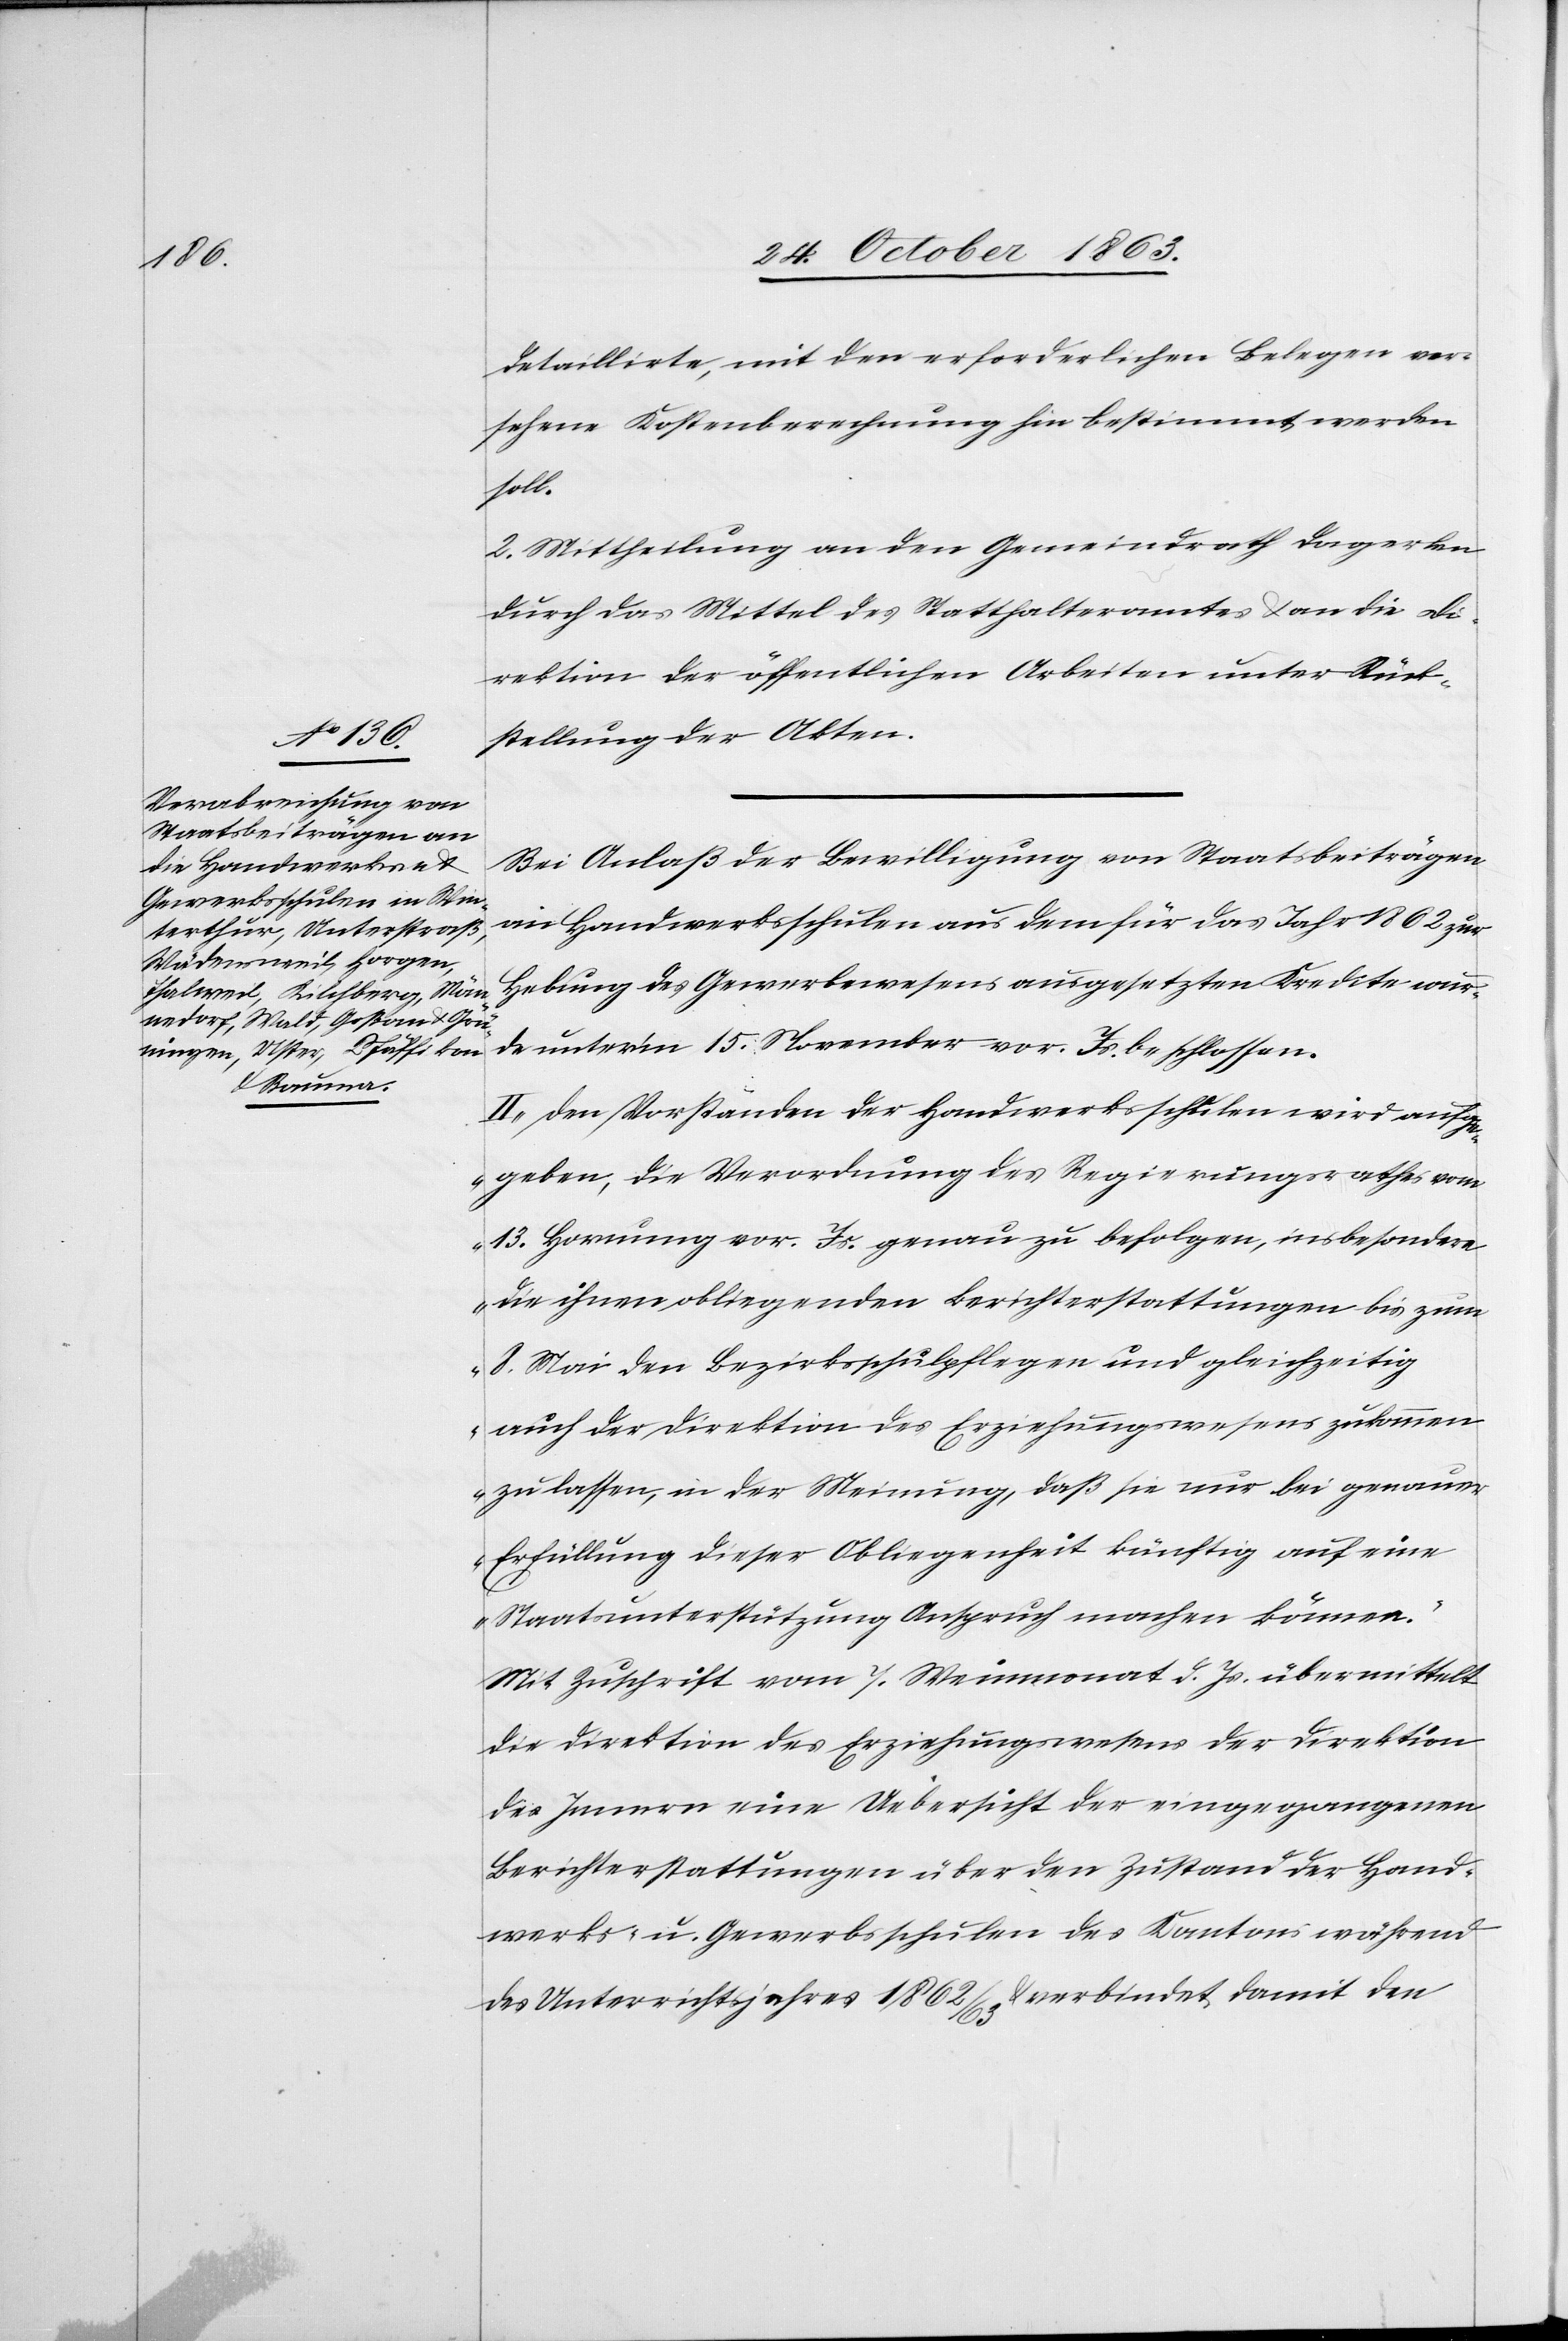
detaillirte, mit den erforderlichen Belegen ver¬
sehene Kostenberechnung hin bestimmt werden
soll.
2. Mittheilung an den Gemeindrath Dagerlen
durch das Mittel des Statthalteramtes & an die Di¬
rektion der öffentlichen Arbeiten unter Rück¬
stellung der Akten.
Bei Anlaß der Bewilligung von Staatsbeiträgen
an Handwerksschulen aus dem für das Jahr 1862 zur
Hebung des Gewerbewesens ausgesetzten Kredite wur¬
de unter'm 15. November vor. Js. beschlossen.
II. „Den Vorständen der Handwerksschulen wird aufg¬
egeben, die Verordnung des Regierungsrathes vom
13. Hornung vor. Js. genau zu befolgen, insbesondere
die ihnen obliegenden Berichterstattungen bis zum
8. Mai den Bezirksschulpflegen und gleichzeitig
auch der Direktion des Erziehungswesens zukommen
zu lassen, in der Meinung, daß sie nur bei genauer
Erfüllung dieser Obliegenheit künftig auf eine
Staatsunterstützung Anspruch machen können.“
Mit Zuschrift vom 7. Weinmonat d. Js. übermittelt
die Direktion des Erziehungswesens der Direktion
des Innern eine Uebersicht der eingegangenen
Berichterstattungen über den Zustand der Hand¬
werks- u. Gewerbsschulen des Kantons während
des Unterrichtjahres 1862/63 & verbindet damit den